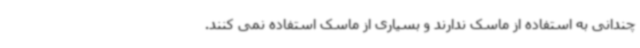
چندانی به استفاده از ماسک ندارند و بسیاری از ماسک استفاده نمی کنند.